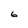
Character: 6